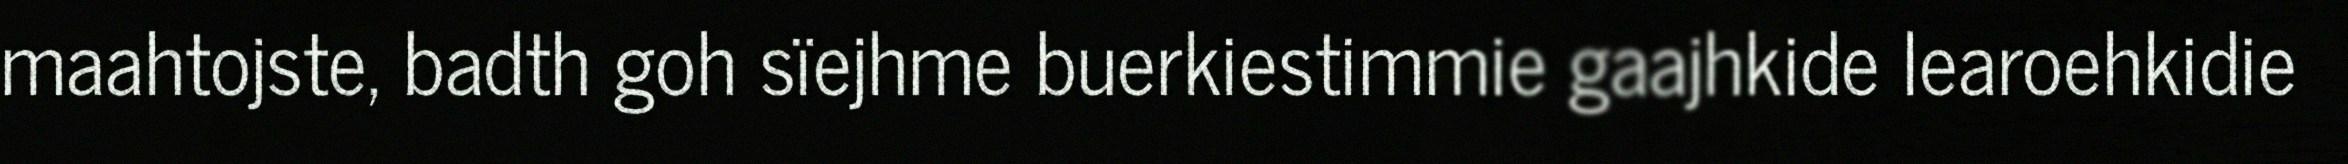
maahtojste, badth goh sïejhme buerkiestimmie gaajhkide learoehkidie